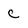
Character: C